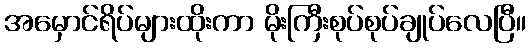
အမှောင်ရိပ်များထိုးကာ မိုးကြီးစုပ်စုပ်ချုပ်လေပြီ။